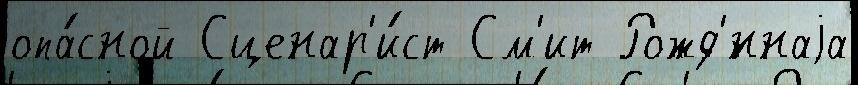
опа́сной Сценар'и́ст См'ит Рожд'́ннаjа